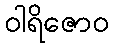
ဝါရိဇောဝ